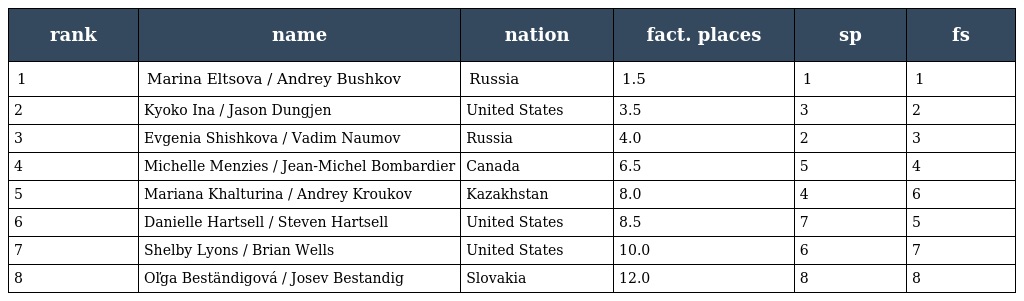
| rank | name | nation | fact. places | sp | fs |
 | --- | --- | --- | --- | --- | --- |
 | 1 | Marina Eltsova / Andrey Bushkov | Russia | 1.5 | 1 | 1 |
 | 2 | Kyoko Ina / Jason Dungjen | United States | 3.5 | 3 | 2 |
 | 3 | Evgenia Shishkova / Vadim Naumov | Russia | 4.0 | 2 | 3 |
 | 4 | Michelle Menzies / Jean-Michel Bombardier | Canada | 6.5 | 5 | 4 |
 | 5 | Mariana Khalturina / Andrey Kroukov | Kazakhstan | 8.0 | 4 | 6 |
 | 6 | Danielle Hartsell / Steven Hartsell | United States | 8.5 | 7 | 5 |
 | 7 | Shelby Lyons / Brian Wells | United States | 10.0 | 6 | 7 |
 | 8 | Oľga Beständigová / Josev Bestandig | Slovakia | 12.0 | 8 | 8 |